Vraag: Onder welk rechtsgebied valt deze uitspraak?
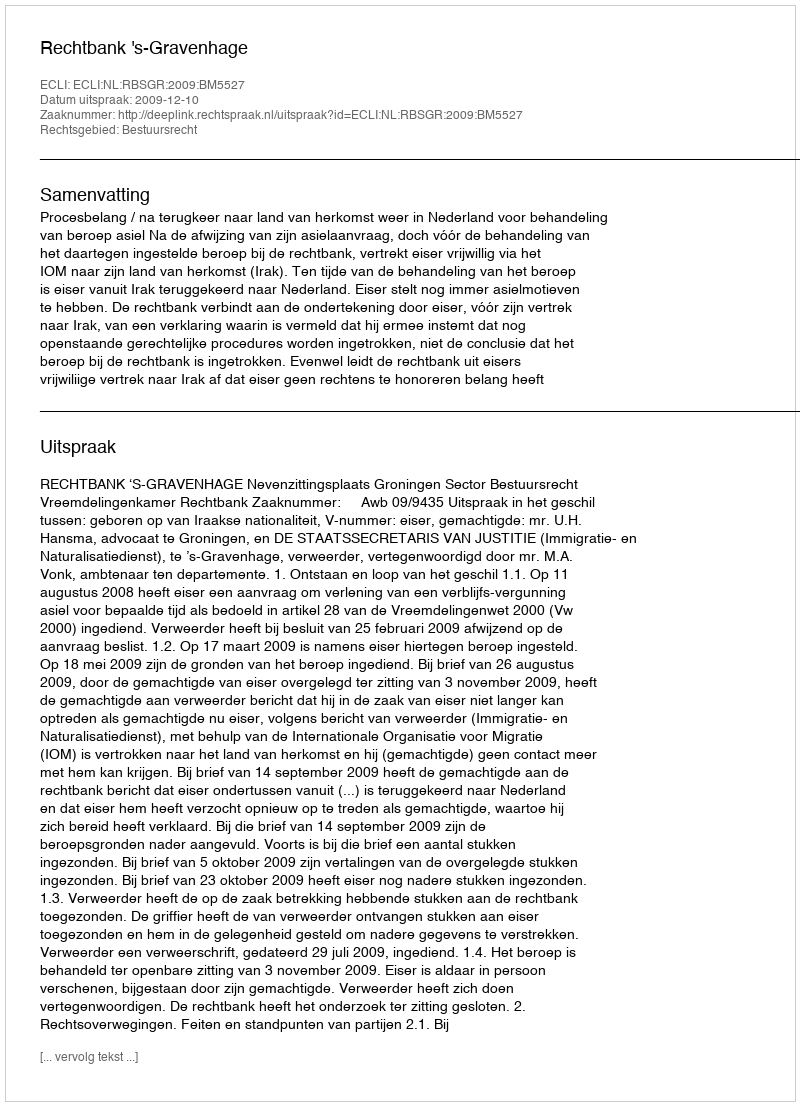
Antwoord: Bestuursrecht